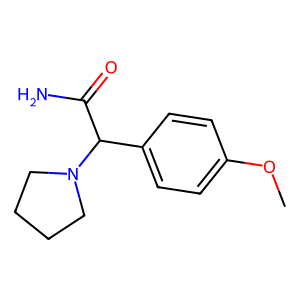
SMILES: COc1ccc(C(C(N)=O)N2CCCC2)cc1
Inhibits HIV replication: No